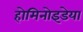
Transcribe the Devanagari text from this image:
होमिनोइडेया